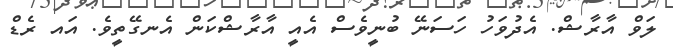
ލަވް އާރާޝް. އެދުވަހު ހަސަނޭ ބުނީވެސް އެއީ އާރާޝްކަން އެނގޭތީވެ. އައ ރެޑް